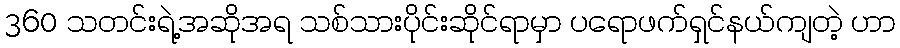
360 သတင်းရဲ့အဆိုအရ သစ်သားပိုင်းဆိုင်ရာမှာ ပရောဖက်ရှင်နယ်ကျတဲ့ ဟာ